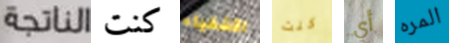
الناتجة كنت الأشقياء كنت أي المره